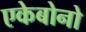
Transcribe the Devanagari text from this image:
एकेबोनो